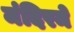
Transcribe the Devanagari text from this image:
मंदिरमे